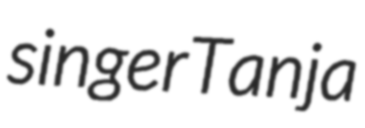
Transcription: singer Tanja